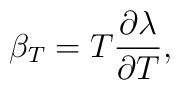
\beta_{T}=T\frac{\partial\lambda}{\partial T},